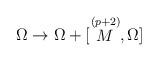
LaTeX: \begin{align*}\Omega \rightarrow \Omega + [ {\raise0pt \hbox{$\stackrel{(p+2)}{M}$}},\Omega ] \end{align*}